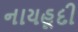
નાયહૂદી